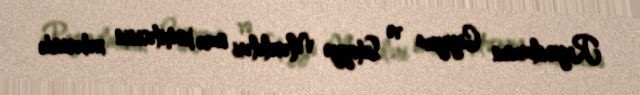
Regionlarının Gigiyeva və Səhiyyə Məsələləri üzrə komitəsinin xəbərində